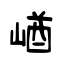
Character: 崷